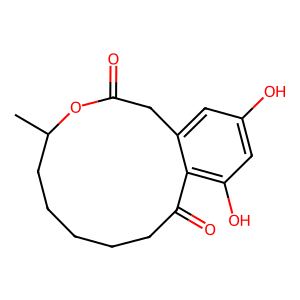
SMILES: CC1CCCCCC(=O)c2c(O)cc(O)cc2CC(=O)O1
Inhibits HIV replication: No